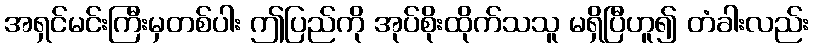
အရှင်မင်းကြီးမှတစ်ပါး ဤပြည်ကို အုပ်စိုးထိုက်သသူ မရှိပြီဟူ၍ တံခါးလည်း